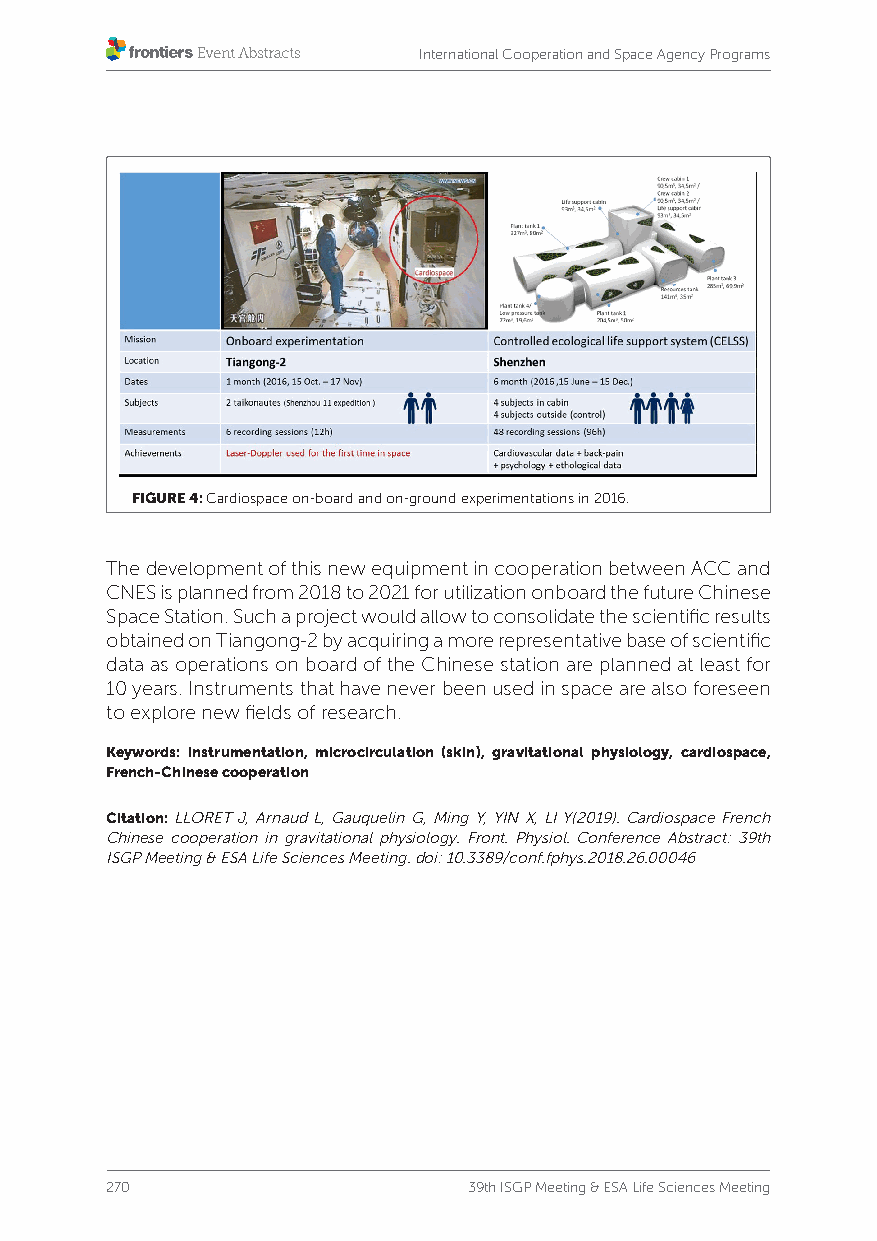
International Cooperation and Space Agency Programs
 FIGURE 4: Cardiospace on-board and on-ground experimentations in 2016.
 The development of this new equipment in cooperation between ACC and
 CNES is planned from 2018 to 2021 for utilization onboard the future Chinese
 Space Station. Such a project would allow to consolidate the scientific results
 obtained on Tiangong-2 by acquiring a more representative base of scientific
 data as operations on board of the Chinese station are planned at least for
 10 years. Instruments that have never been used in space are also foreseen
 to explore new fields of research.
 Keywords: instrumentation, microcirculation (skin), gravitational physiology, cardiospace,
 French-Chinese cooperation
 Citation: LLORET J, Arnaud L, Gauquelin G, Ming Y, YIN X, LI Y(2019). Cardiospace French
 Chinese cooperation in gravitational physiology. Front. Physiol. Conference Abstract: 39th
 ISGP Meeting & ESA Life Sciences Meeting. doi: 10.3389/conf.fphys.2018.26.00046
 270                     39th ISGP Meeting & ESA Life Sciences Meeting